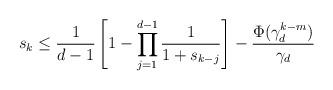
LaTeX: \begin{align*}s_k \leq \frac{1}{d - 1}\left[1 - \prod_{j = 1}^{d - 1}\frac{1}{1 + s_{k - j}}\right] - \frac{\Phi(\gamma_d^{k - m})}{\gamma_d}\end{align*}